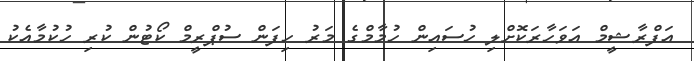
އަފްރާޝީމް އަވަހާރަކޮށްލި ހުސައިން ހުމާމްގެ މަރު ހިފަން ސުޕްރީމް ކޯޓުން ކުރި ހުކުމާއެކު